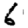
Digit: 6